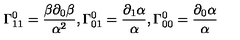
\Gamma _ { 1 1 } ^ { 0 } = \frac { \beta \partial _ { 0 } \beta } { \alpha ^ { 2 } } , \Gamma _ { 0 1 } ^ { 0 } = \frac { \partial _ { 1 } \alpha } { \alpha } , \Gamma _ { 0 0 } ^ { 0 } = \frac { \partial _ { 0 } \alpha } { \alpha }